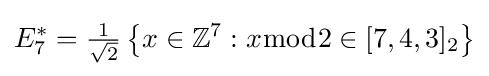
E_{7}^{*}={\tfrac {1}{\sqrt {2}}}\left\{x\in \mathbb {Z} ^{7}:x{\bmod {2}}\in [7,4,3]_{2}\right\}